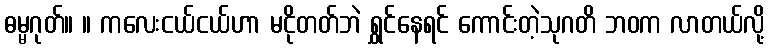
ဓမ္မဂုတ်။ ။ ကလေးငယ်ငယ်ဟာ မငိုတတ်ဘဲ ရွှင်နေရင် ကောင်းတဲ့သုဂတိ ဘဝက လာတယ်လို့